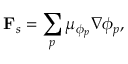
\mathbf { F } _ { s } = \sum _ { p } \mu _ { \phi _ { p } } \nabla \phi _ { p } ,